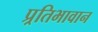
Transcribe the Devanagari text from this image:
प्र्रतिभावान